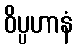
ဝိပ္ပဟာနံ